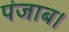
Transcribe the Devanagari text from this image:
पंजाब।